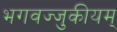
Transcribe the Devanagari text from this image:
भगवज्जुकीयम्‌